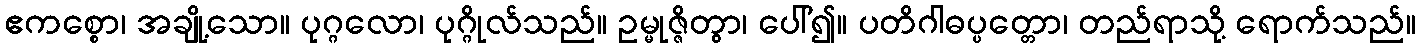
ဧကစ္စော၊ အချို့သော။ ပုဂ္ဂလော၊ ပုဂ္ဂိုလ်သည်။ ဥမ္မုဇ္ဇိတွာ၊ ပေါ်၍။ ပတိဂါဓပ္ပတ္တော၊ တည်ရာသို့ ရောက်သည်။